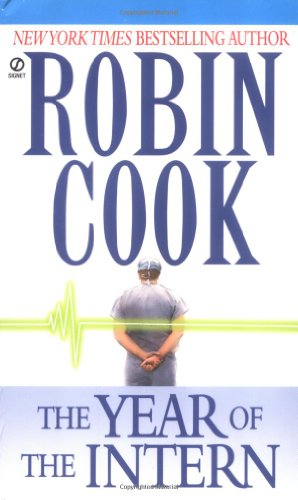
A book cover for The Year of the Intern (Signet); Robin Cook; Mystery, Thriller & Suspense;